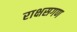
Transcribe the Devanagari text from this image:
राक्षसगण